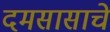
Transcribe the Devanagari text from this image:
दमसासाचे